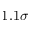
1 . 1 \sigma